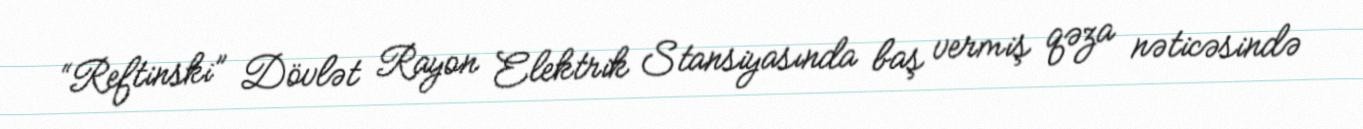
“Reftinski” Dövlət Rayon Elektrik Stansiyasında baş vermiş qəza nəticəsində